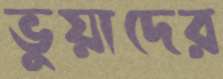
ভুয়াদের